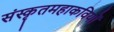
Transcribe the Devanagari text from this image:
संस्कृतमहाकवियों